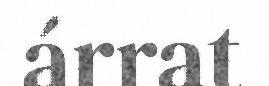
árrat